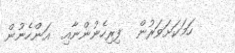
ހަމަކަށަވަރުން  ފިރިހެނުންނާއި  އަންހެނުން